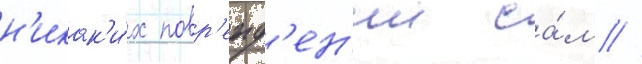
н'икак'и́х повр'ежд'ен'ии са́м //